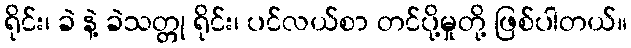
ရိုင်း၊ ခဲ နဲ့ ခဲသတ္တု ရိုင်း၊ ပင်လယ်စာ တင်ပို့မှုတို့ ဖြစ်ပါတယ်။